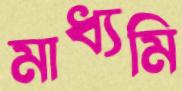
মাধ্যমি